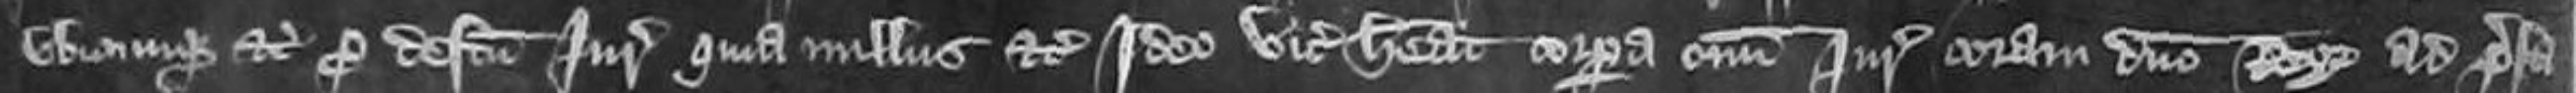
ubicumque etc pro defectu juratorum quia nullus etc Ideo vicecomes habeat corpora omnium Juratorum coram domino Rege ad prefat